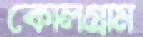
কোলগ্রাম